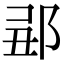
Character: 𨛄